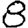
Digit: 8